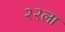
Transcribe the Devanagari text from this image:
२२ला